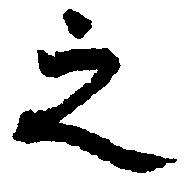
之